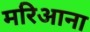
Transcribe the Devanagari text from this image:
मरिआना